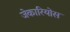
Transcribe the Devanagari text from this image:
जेकारियोस